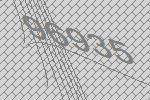
96935